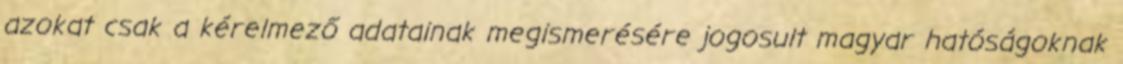
azokat csak a kérelmező adatainak megismerésére jogosult magyar hatóságoknak